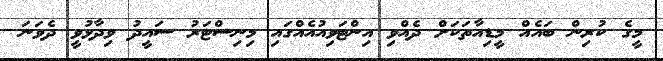
މީގެ ކުރިން ބައެއް މީޑިއާތަކަށް ދެއްވި އިންޓަވިއުއެއްގައި މިނިސްޓަރު ސައީދު ވިދާޅުވީ ދެވަނަ